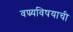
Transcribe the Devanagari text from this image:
वण्र्यविषयाची